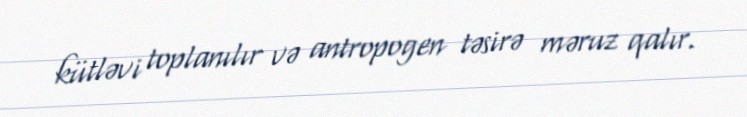
kütləvi toplanılır və antropogen təsirə məruz qalır.